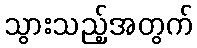
သွားသည့်အတွက်